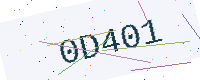
Text: 0D401